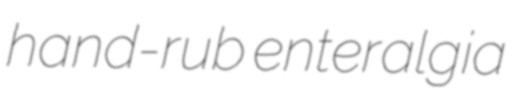
hand-rub enteralgia